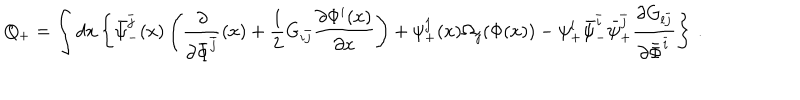
LaTeX: Q _ { + } = \int d x \left\{ \bar { \psi } _ { - } ^ { \bar { j } } ( x ) \left( \frac { \partial } { \partial \bar { \Phi } ^ { \bar { j } } } ( x ) + \frac { 1 } { 2 } G _ { i \bar { j } } \frac { \partial \Phi ^ { i } ( x ) } { \partial x } \right) + \psi _ { + } ^ { j } ( x ) \Omega _ { j } ( \Phi ( x ) ) - \psi _ { + } ^ { l } \bar { \psi } _ { - } ^ { \bar { i } } \bar { \psi } _ { + } ^ { \bar { j } } \frac { \partial G _ { l \bar { j } } } { \partial \bar { \Phi } ^ { \bar { i } } } \right\} \, .